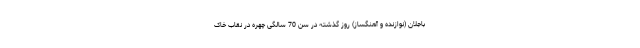
باجلان (نوازنده و آهنگساز) روز گذشته در سن 70 سالگی چهره در نقاب خاک